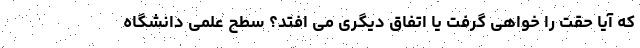
که آیا حقت را خواهی گرفت یا اتفاق دیگری می افتد؟ سطح علمی دانشگاه